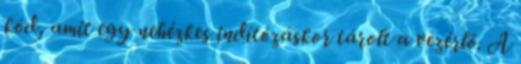
kód, amit egy nehézkes indítózáskor tárolt a vezérlő. A